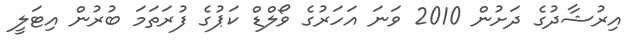
އިރުޝާދުގެ ދަށުން 2010 ވަނަ އަހަރުގެ ވޯލްޑް ކަޕުގެ ފުރަތަމަ ބުރުން އިޓަލީ